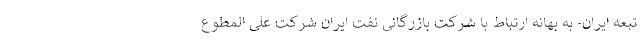
تبعه ایران- به بهانه ارتباط با شرکت بازرگانی نفت ایران شرکت علی المطوع